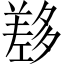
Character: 𡗂